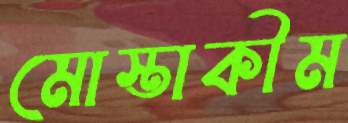
মোস্তাকীম